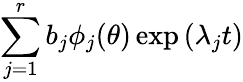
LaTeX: \sum_{j=1}^{r}b_{j}\phi_{j}(\theta)\exp{(\lambda_{j}t)}